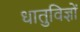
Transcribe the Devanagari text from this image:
धातुविज्ञों